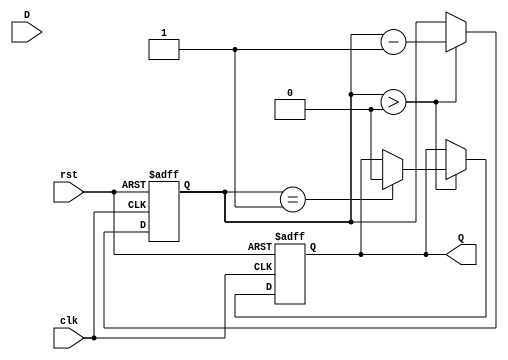
module MonostableEdgeDetector #(
    parameter PULSE_WIDTH = 10, // Pulse width in clock cycles
    parameter EDGE_TYPE = 2'b11  // 00: Rising edge, 01: Falling edge, 10: Both edges
)(
    input wire clk,              // Clock signal
    input wire rst,              // Reset signal
    input wire D,                // Input signal
    output reg Q                 // Output pulse
);

    reg D_prev;                  // Previous state of the input signal
    reg [3:0] pulse_counter;     // Counter for pulse width

    // Edge detection logic
    wire rising_edge = (D && !D_prev); // Detect rising edge
    wire falling_edge = (!D && D_prev); // Detect falling edge
    wire edge_detected;

    // Determine if an edge is detected based on the configured edge type
    assign edge_detected = (EDGE_TYPE == 2'b00 && rising_edge) || 
                           (EDGE_TYPE == 2'b01 && falling_edge) || 
                           (EDGE_TYPE == 2'b10 && (rising_edge || falling_edge));

    // Sequential logic to store the previous state and generate output pulse
    always @(posedge clk or posedge rst) begin
        if (rst) begin
            D_prev <= 1'b0;
            Q <= 1'b0;
            pulse_counter <= 4'b0;
        end else begin
            D_prev <= D; // Store the current state of D

            // Pulse generation logic
            if (edge_detected) begin
                Q <= 1'b1; // Generate output pulse
                pulse_counter <= PULSE_WIDTH; // Load pulse width
            end else if (pulse_counter > 0) begin
                pulse_counter <= pulse_counter - 1; // Decrement pulse counter
                if (pulse_counter == 1) begin
                    Q <= 1'b0; // End pulse when counter reaches zero
                end
            end
        end
    end

endmodule